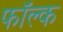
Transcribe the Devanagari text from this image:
फॉल्क